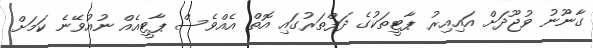
ގާނޫނު ވުޖޫދަށް އައިއިރު ޕާޓީތަކުގެ ދަފްތަރުގައި އޮތް އެއްވެސް ޕާޓީއެއް ނުއުވޭނެ ކަމަށް